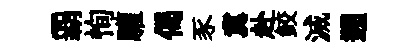
覇恂驩偈豕冀赴鲛滅遡